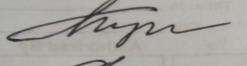
Signature authenticity: genuine